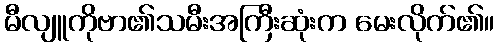
မီလျူကိုဗာ၏သမီးအကြီးဆုံးက မေးလိုက်၏။